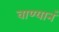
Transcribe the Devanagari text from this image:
वाण्यानं